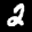
Label: 2